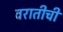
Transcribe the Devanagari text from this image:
वरातीची